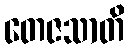
တေဇသာတိ